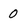
Character: 0